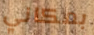
بمكاني